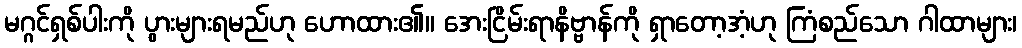
မဂ္ဂင်ရှစ်ပါးကို ပွားများရမည်ဟု ဟောထား၏။ အေးငြိမ်းရာနိဗ္ဗာန်ကို ရှာတော့အံ့ဟု ကြံစည်သော ဂါထာများ၊